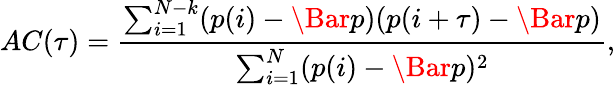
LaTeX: AC(\tau)=\frac{\sum_{i=1}^{N-k}(p(i)-\Bar{p})(p(i+\tau)-\Bar{p})}{\sum_{i=1}^{N}(p(i)-\Bar{p})^{2}},